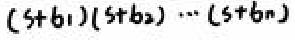
\((s + b_1)(s + b_2)\cdots(s + b_n)\)